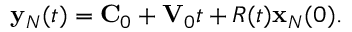
\begin{array} { r } { { \bf y } _ { N } ( t ) = { \bf C } _ { 0 } + { \bf V } _ { 0 } t + R ( t ) { \bf x } _ { N } ( 0 ) . } \end{array}